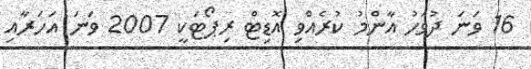
16 ވަނަ ދުވަހު އާންމުު ކުރެއްވި އޮޑިޓް ރިޕޯޓަކީ 2007 ވަނަ އަހަރާއި